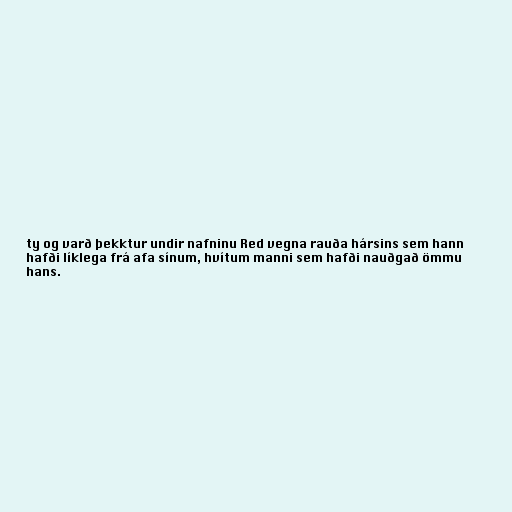
ty og varð þekktur undir nafninu Red vegna rauða hársins sem hann
hafði líklega frá afa sínum, hvítum manni sem hafði nauðgað ömmu
hans.